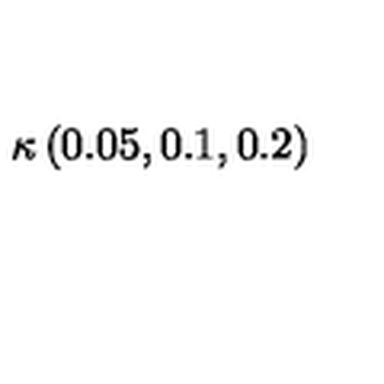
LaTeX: \kappa \left( 0 . 0 5 , 0 . 1 , 0 . 2 \right)